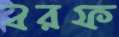
বরফ